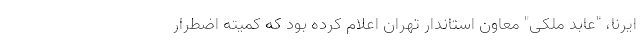
ایرنا، "عابد ملکی" معاون استاندار تهران اعلام کرده بود که کمیته اضطرار